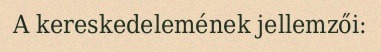
A kereskedelemének jellemzői: